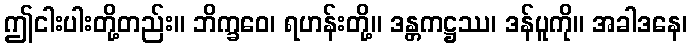
ဤငါးပါးတို့တည်း။ ဘိက္ခဝေ၊ ရဟန်းတို့။ ဒန္တကဋ္ဌဿ၊ ဒန်ပူကို။ အခါဒနေ၊